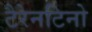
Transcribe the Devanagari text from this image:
टैरेनटिनो